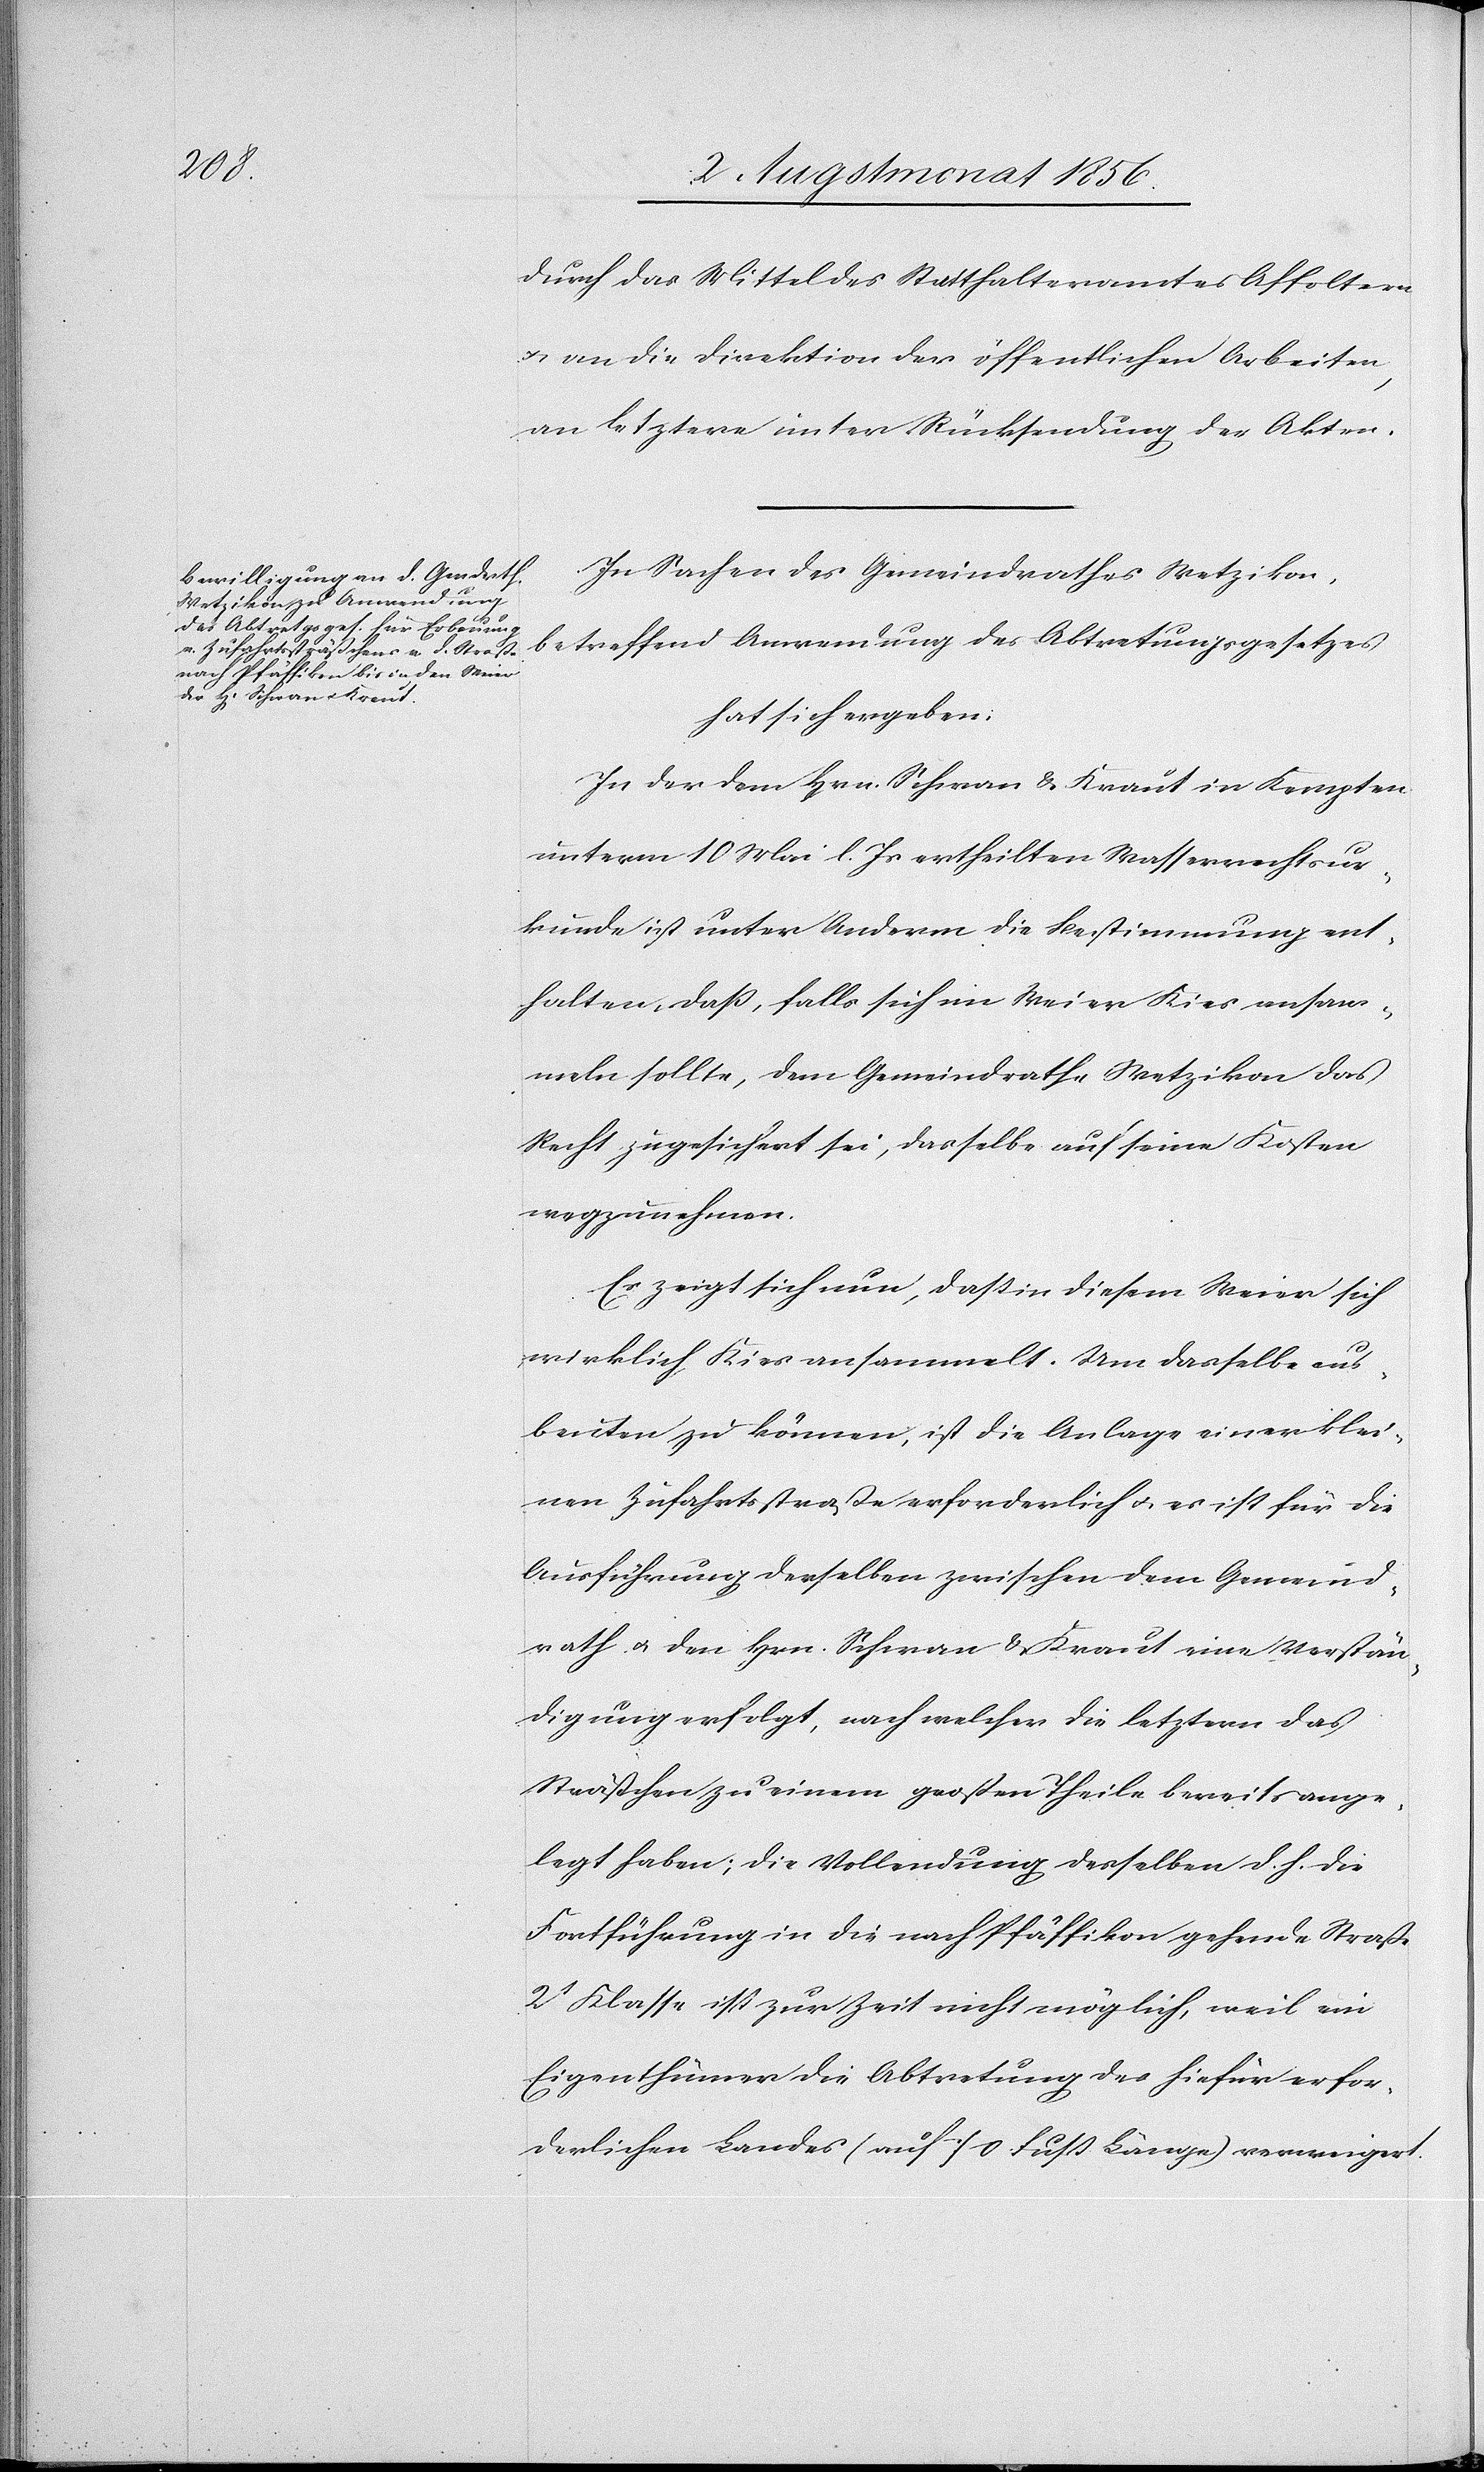
durch das Mittel des Statthalteramtes Affoltern
u. an die Direktion der öffentlichen Arbeiten,
an letztere unter Rücksendung der Akten.
In Sachen des Gemeindrathes Wetzikon,
betreffend Anwendung des Abtretungsgesetzes
hat sich ergeben:
In der dem Hrn. Schwan & Kraut in Kempten
unterm 10 Mai l. Js ertheilten Wasserrechtsur¬
kunde ist unter Anderm die Bestimmung ent¬
halten, dass, falls sich im Weier Kies ansam¬
meln sollte, dem Gemeindrathe Wetzikon das
Recht zugesichert sei, dasselbe auf seine Kosten
wegzunehmen.
Es zeigt sich nun, dass in diesem Weier sich
wirklich Kies ansammelt. Um dasselbe aus¬
beuten zu können, ist die Anlage einer klei¬
nen Zufahrtsstraße erforderlich u. es ist für die
Ausführung derselben zwischen dem Gemeind¬
rath u. den Hrn. Schwan & Kraut eine Verstän¬
digung erfolgt, nach welcher die letztern das
Sträßchen zu einem großen Theile bereits ange¬
legt haben; die Vollendung desselben d. h. die
Fortführung in die nach Pfäffikon gehende Straße
2t Klasse ist zur Zeit nicht möglich, weil ein
Eigenthümer die Abtretung des hiefür erfor¬
derlichen Landes (auf 70 Fuß Länge) verweigert.